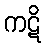
ကဋိ